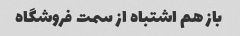
باز هم اشتباه از سمت فروشگاه